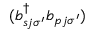
( b _ { s j \sigma ^ { \prime } } ^ { \dagger } b _ { p j \sigma ^ { \prime } } )